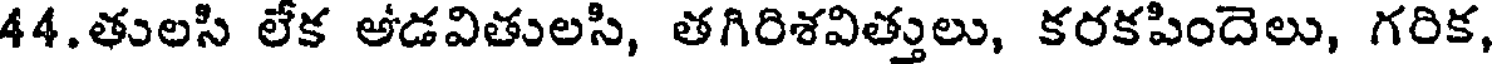
44.తులసి లేక అడవితులసి, తగిరిశవిత్తులు, కరకపిందెలు, గరిక,